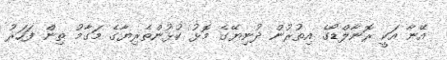
އޭނާ އަކީ ރޮނާލްޑޯގެ އިތުރުން ދުނިޔޭގެ މޮޅު ކުޅުންތެރިޔާގެ މަގާމު ތިން ފަހަރު